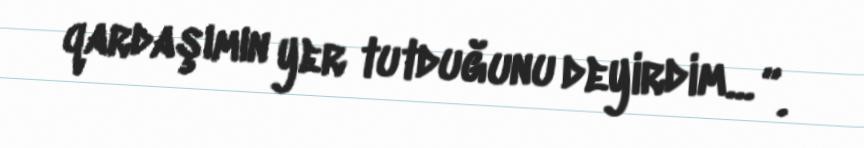
qardaşımın yer tutduğunu deyirdim... ”.